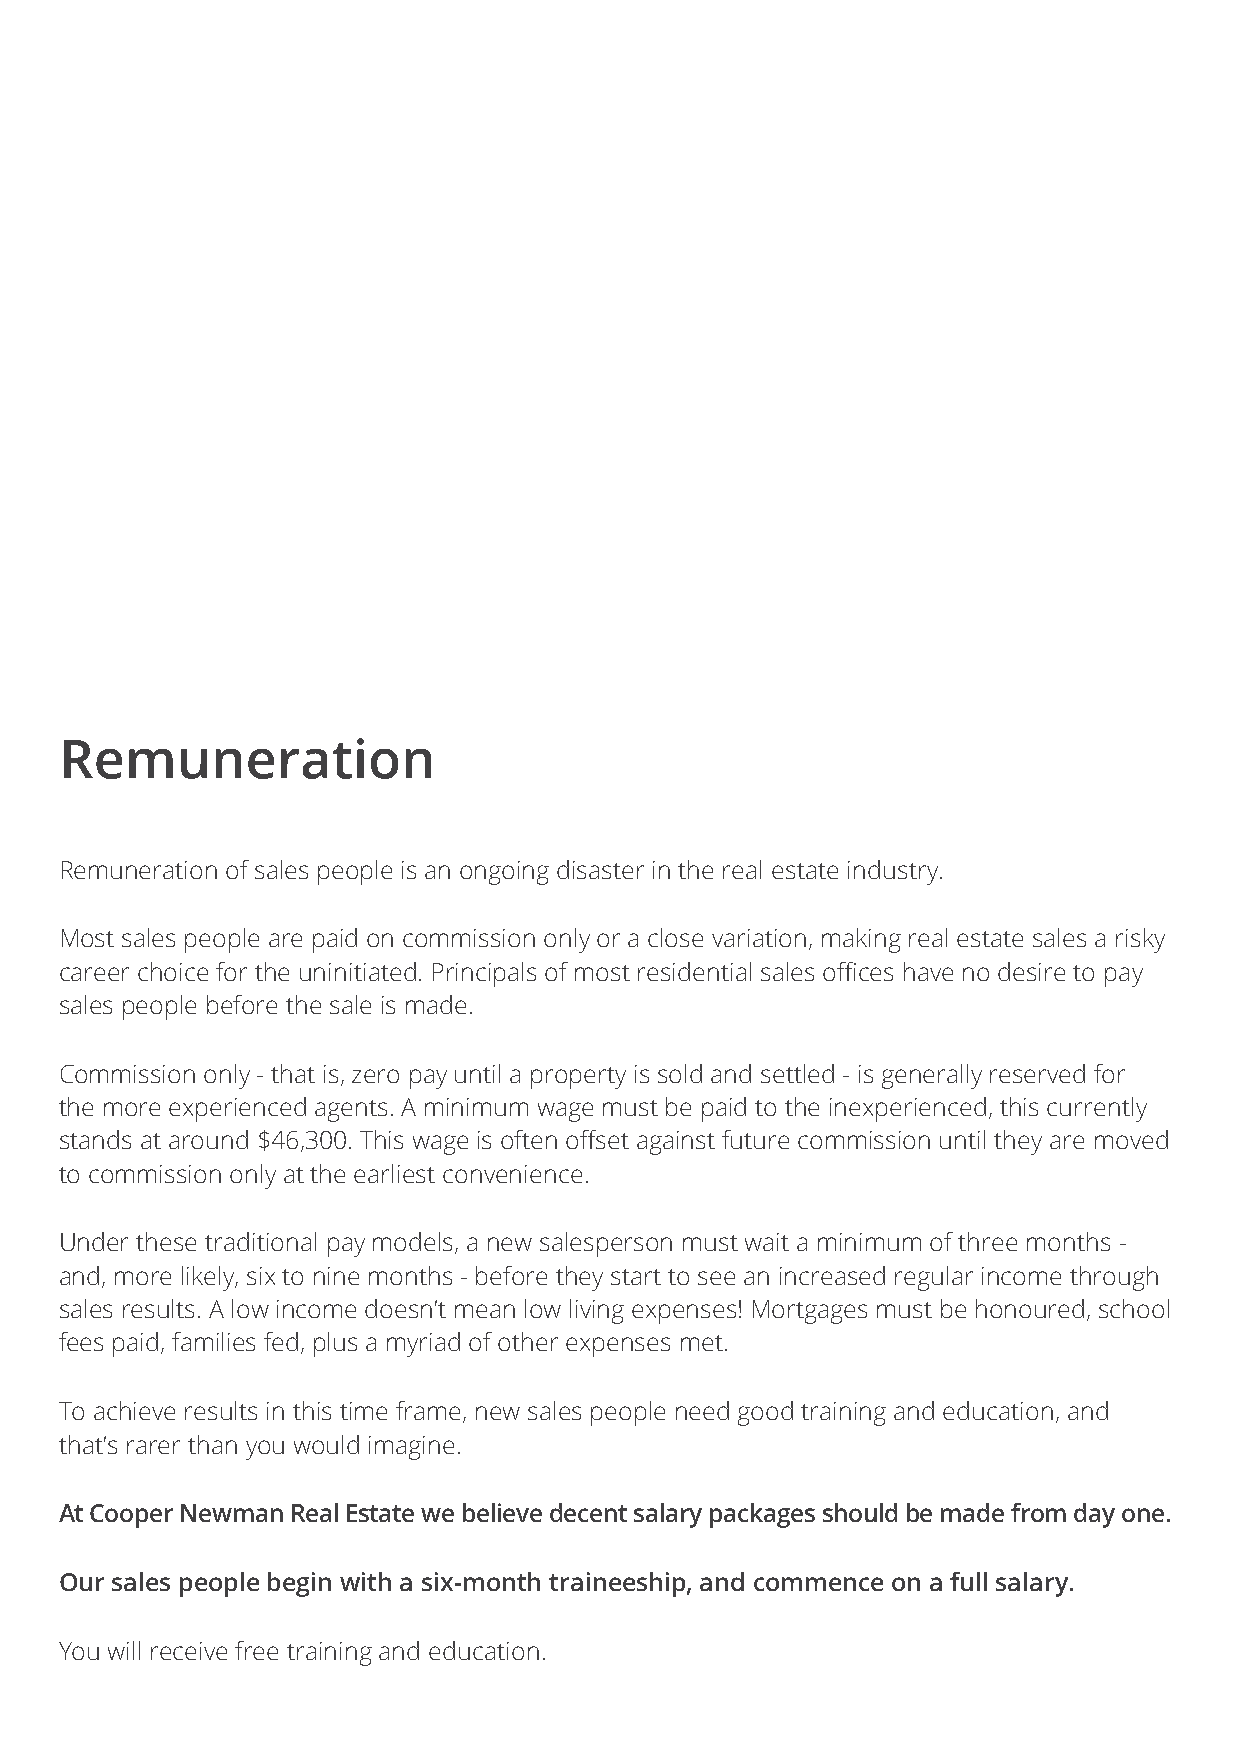
Remuneration
 Remuneration of sales people is an ongoing disaster in the real estate industry.
 Most sales people are paid on commission only or a close variation, making real estate sales a risky
 career choice for the uninitiated. Principals of most residential sales offices have no desire to pay
 sales people before the sale is made.
 Commission only - that is, zero pay until a property is sold and settled - is generally reserved for
 the more experienced agents. A minimum wage must be paid to the inexperienced, this currently
 stands at around $46,300. This wage is often offset against future commission until they are moved
 to commission only at the earliest convenience.
 Under these traditional pay models, a new salesperson must wait a minimum of three months -
 and, more likely, six to nine months - before they start to see an increased regular income through
 sales results. A low income doesn’t mean low living expenses! Mortgages must be honoured, school
 fees paid, families fed, plus a myriad of other expenses met.
 To achieve results in this time frame, new sales people need good training and education, and
 that’s rarer than you would imagine.
 At Cooper Newman Real Estate we believe decent salary packages should be made from day one.
 Our sales people begin with a six-month traineeship, and commence on a full salary.
 You will receive free training and education.